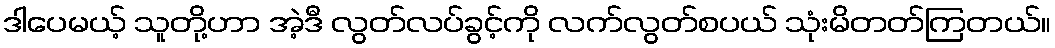
ဒါပေမယ့် သူတို့ဟာ အဲ့ဒီ လွတ်လပ်ခွင့်ကို လက်လွတ်စပယ် သုံးမိတတ်ကြတယ်။